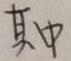
其中